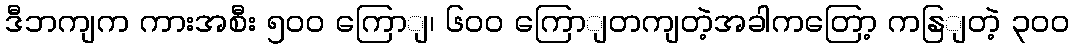
ဒီဘကျက ကားအစီး ၅၀၀ ကြောျ၊ ၆၀၀ ကြောျတကျတဲ့အခါကတြော့ ကနြျတဲ့ ၃၀၀